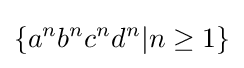
\{a^{n}b^{n}c^{n}d^{n}|n\geq 1\}